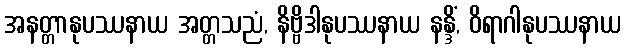
အနတ္တာနုပဿနာယ အတ္တသညံ, နိဗ္ဗိဒါနုပဿနာယ နန္ဒိံ, ဝိရာဂါနုပဿနာယ